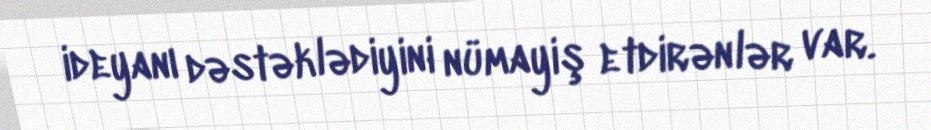
ideyanı dəstəklədiyini nümayiş etdirənlər var.